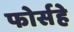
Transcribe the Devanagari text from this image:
फोर्सहे